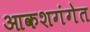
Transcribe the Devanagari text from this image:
आकशगंगेत